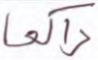
راكعا